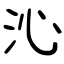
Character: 沁